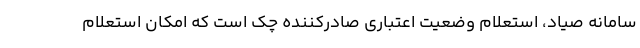
سامانه صیاد، استعلام وضعیت اعتباری صادرکننده چک است که امکان استعلام